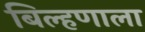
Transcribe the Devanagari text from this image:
बिल्हणाला